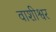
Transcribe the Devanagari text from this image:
वाशीश्वर